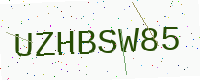
Text: UZHBSW85